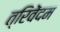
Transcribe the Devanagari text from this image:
त्रिवेंदम